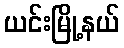
ယင်းမြို့နယ်